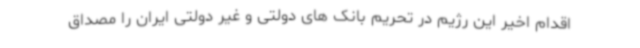
اقدام اخیر این رژیم در تحریم بانک های دولتی و غیر دولتی ایران را مصداق